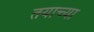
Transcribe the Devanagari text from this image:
तयाच्या